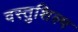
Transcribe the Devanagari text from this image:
वस्तुशिल्प